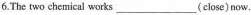
6.The two chemical works___ (close)now.